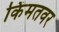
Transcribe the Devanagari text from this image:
किंमतवर